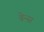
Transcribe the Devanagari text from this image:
ब्रेन्स